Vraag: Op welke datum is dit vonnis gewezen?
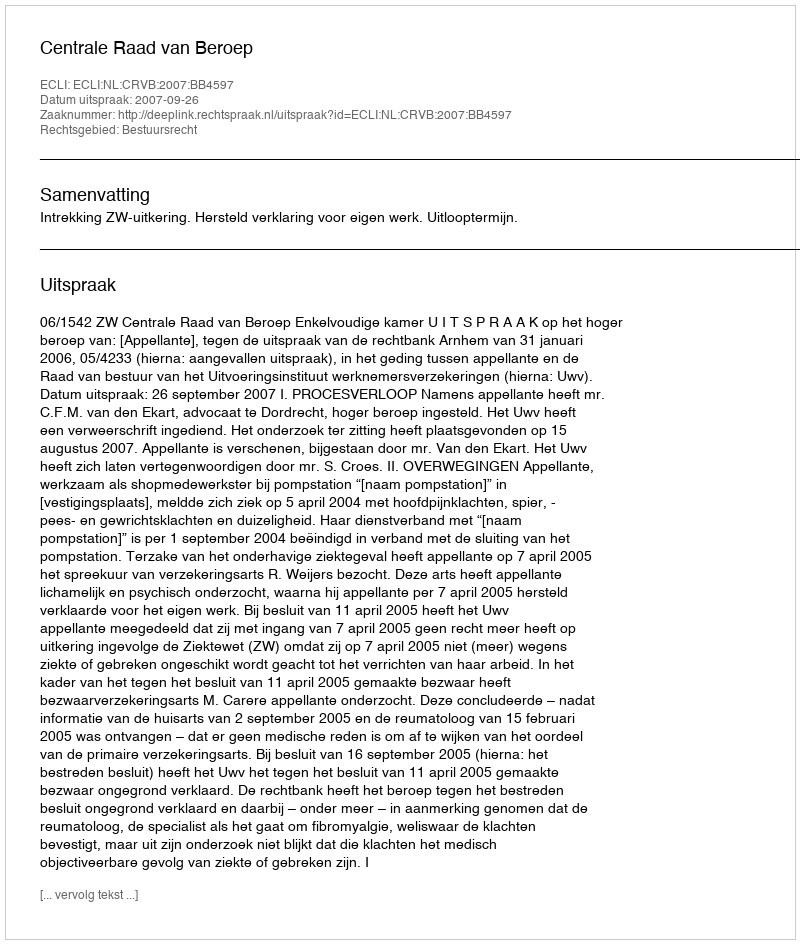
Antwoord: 2007-09-26